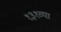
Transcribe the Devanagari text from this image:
१३१व्या